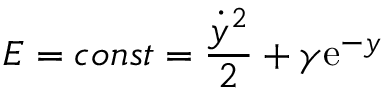
E = c o n s t = { \frac { \dot { y } ^ { 2 } } { 2 } } + \gamma \mathrm { e } ^ { - y }